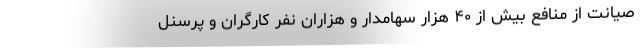
صیانت از منافع بیش از ۴۰ هزار سهامدار و هزاران نفر کارگران و پرسنل